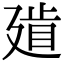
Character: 𢌨